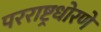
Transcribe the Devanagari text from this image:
परराष्ट्रधोरणे